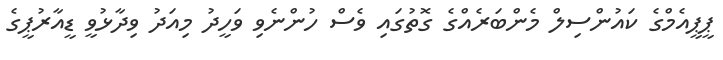
ޕީޕީއެމްގެ ކައުންސިލް މެންބަރެއްގެ ގޮތުގައި ވެސް ހުންނެވި ވަހީދު މިއަދު ވިދާޅުވީ ޑީއާރުޕީގެ